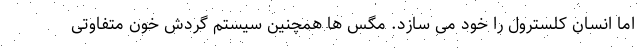
اما انسان کلسترول را خود می سازد. مگس ها همچنین سیستم گردش خون متفاوتی